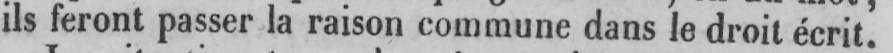
ils feront passer la raison commune dans le droit écrit!